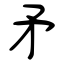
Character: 矛